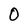
Character: O